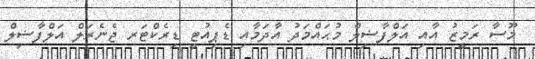
މޫސާ ރަމީޒު އާއި އަލްފާޟިލް މުޙައްމަދު އާދަމާއި ޑެޕިއުޓީ ޑިރެކްޓަރ ޖެނެރަލް އަލްފާޟިލް